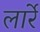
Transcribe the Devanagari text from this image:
लार्रे